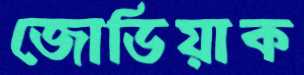
জোডিয়াক